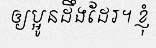
ឲ្យប្អូនដឹងដែរ។ ខ្ញុំ